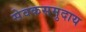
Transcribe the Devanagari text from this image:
सेवकसमुदाय